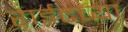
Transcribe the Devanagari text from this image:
राईटच्या